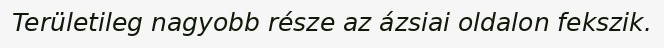
Területileg nagyobb része az ázsiai oldalon fekszik.